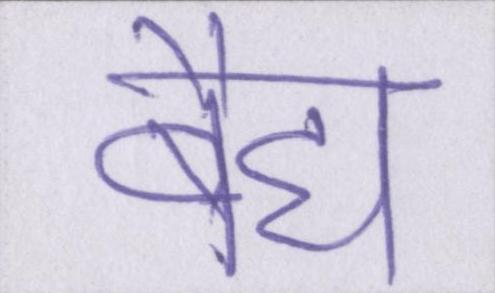
बैद्य